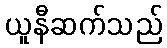
ယူနီဆက်သည်